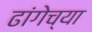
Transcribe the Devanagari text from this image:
ढांगेच्या